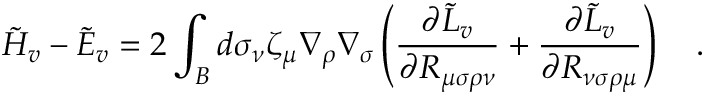
\tilde { H } _ { v } - \tilde { E } _ { v } = 2 \int _ { \cal B } d \sigma _ { \nu } \zeta _ { \mu } \nabla _ { \rho } \nabla _ { \sigma } \left( { \frac { \partial { \tilde { L } } _ { v } } { \partial R _ { \mu \sigma \rho \nu } } } + { \frac { \partial { \tilde { L } } _ { v } } { \partial R _ { \nu \sigma \rho \mu } } } \right) ~ ~ ~ .